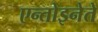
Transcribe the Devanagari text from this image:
एन्तोइनेते